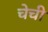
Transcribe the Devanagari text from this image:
चेची